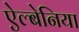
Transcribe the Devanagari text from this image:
ऐल्बेनिया